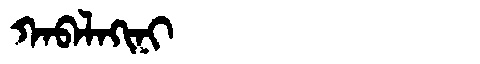
Manchu: ᡴᠠᠪᠠᠯᠠᡴᡳᠨᡳ
Romanization: KABALAKINI